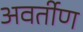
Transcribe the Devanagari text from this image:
अवर्तीण